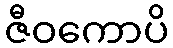
ဇီဝကောပိ